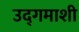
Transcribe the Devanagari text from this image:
उद्‌गमाशी